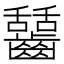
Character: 𪙬